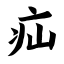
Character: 疝